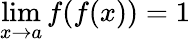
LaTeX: \operatorname*{lim}_{x\to a}f(f(x))=1